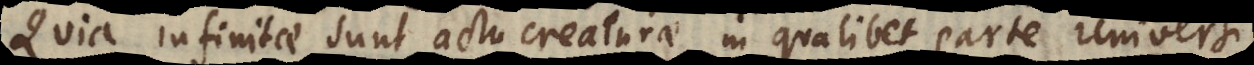
quod infinitae sunt actu creaturae in qualibet parte universi;